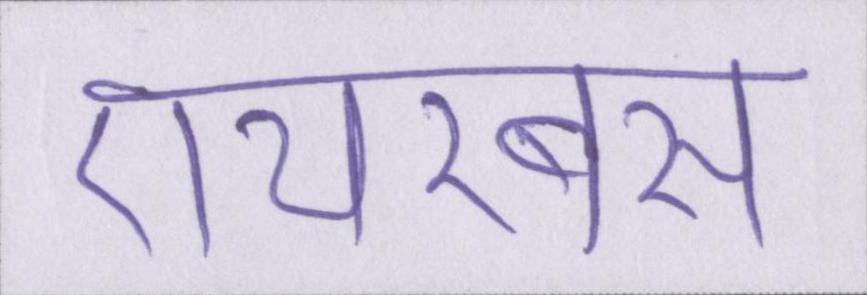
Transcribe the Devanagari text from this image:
एयरबस